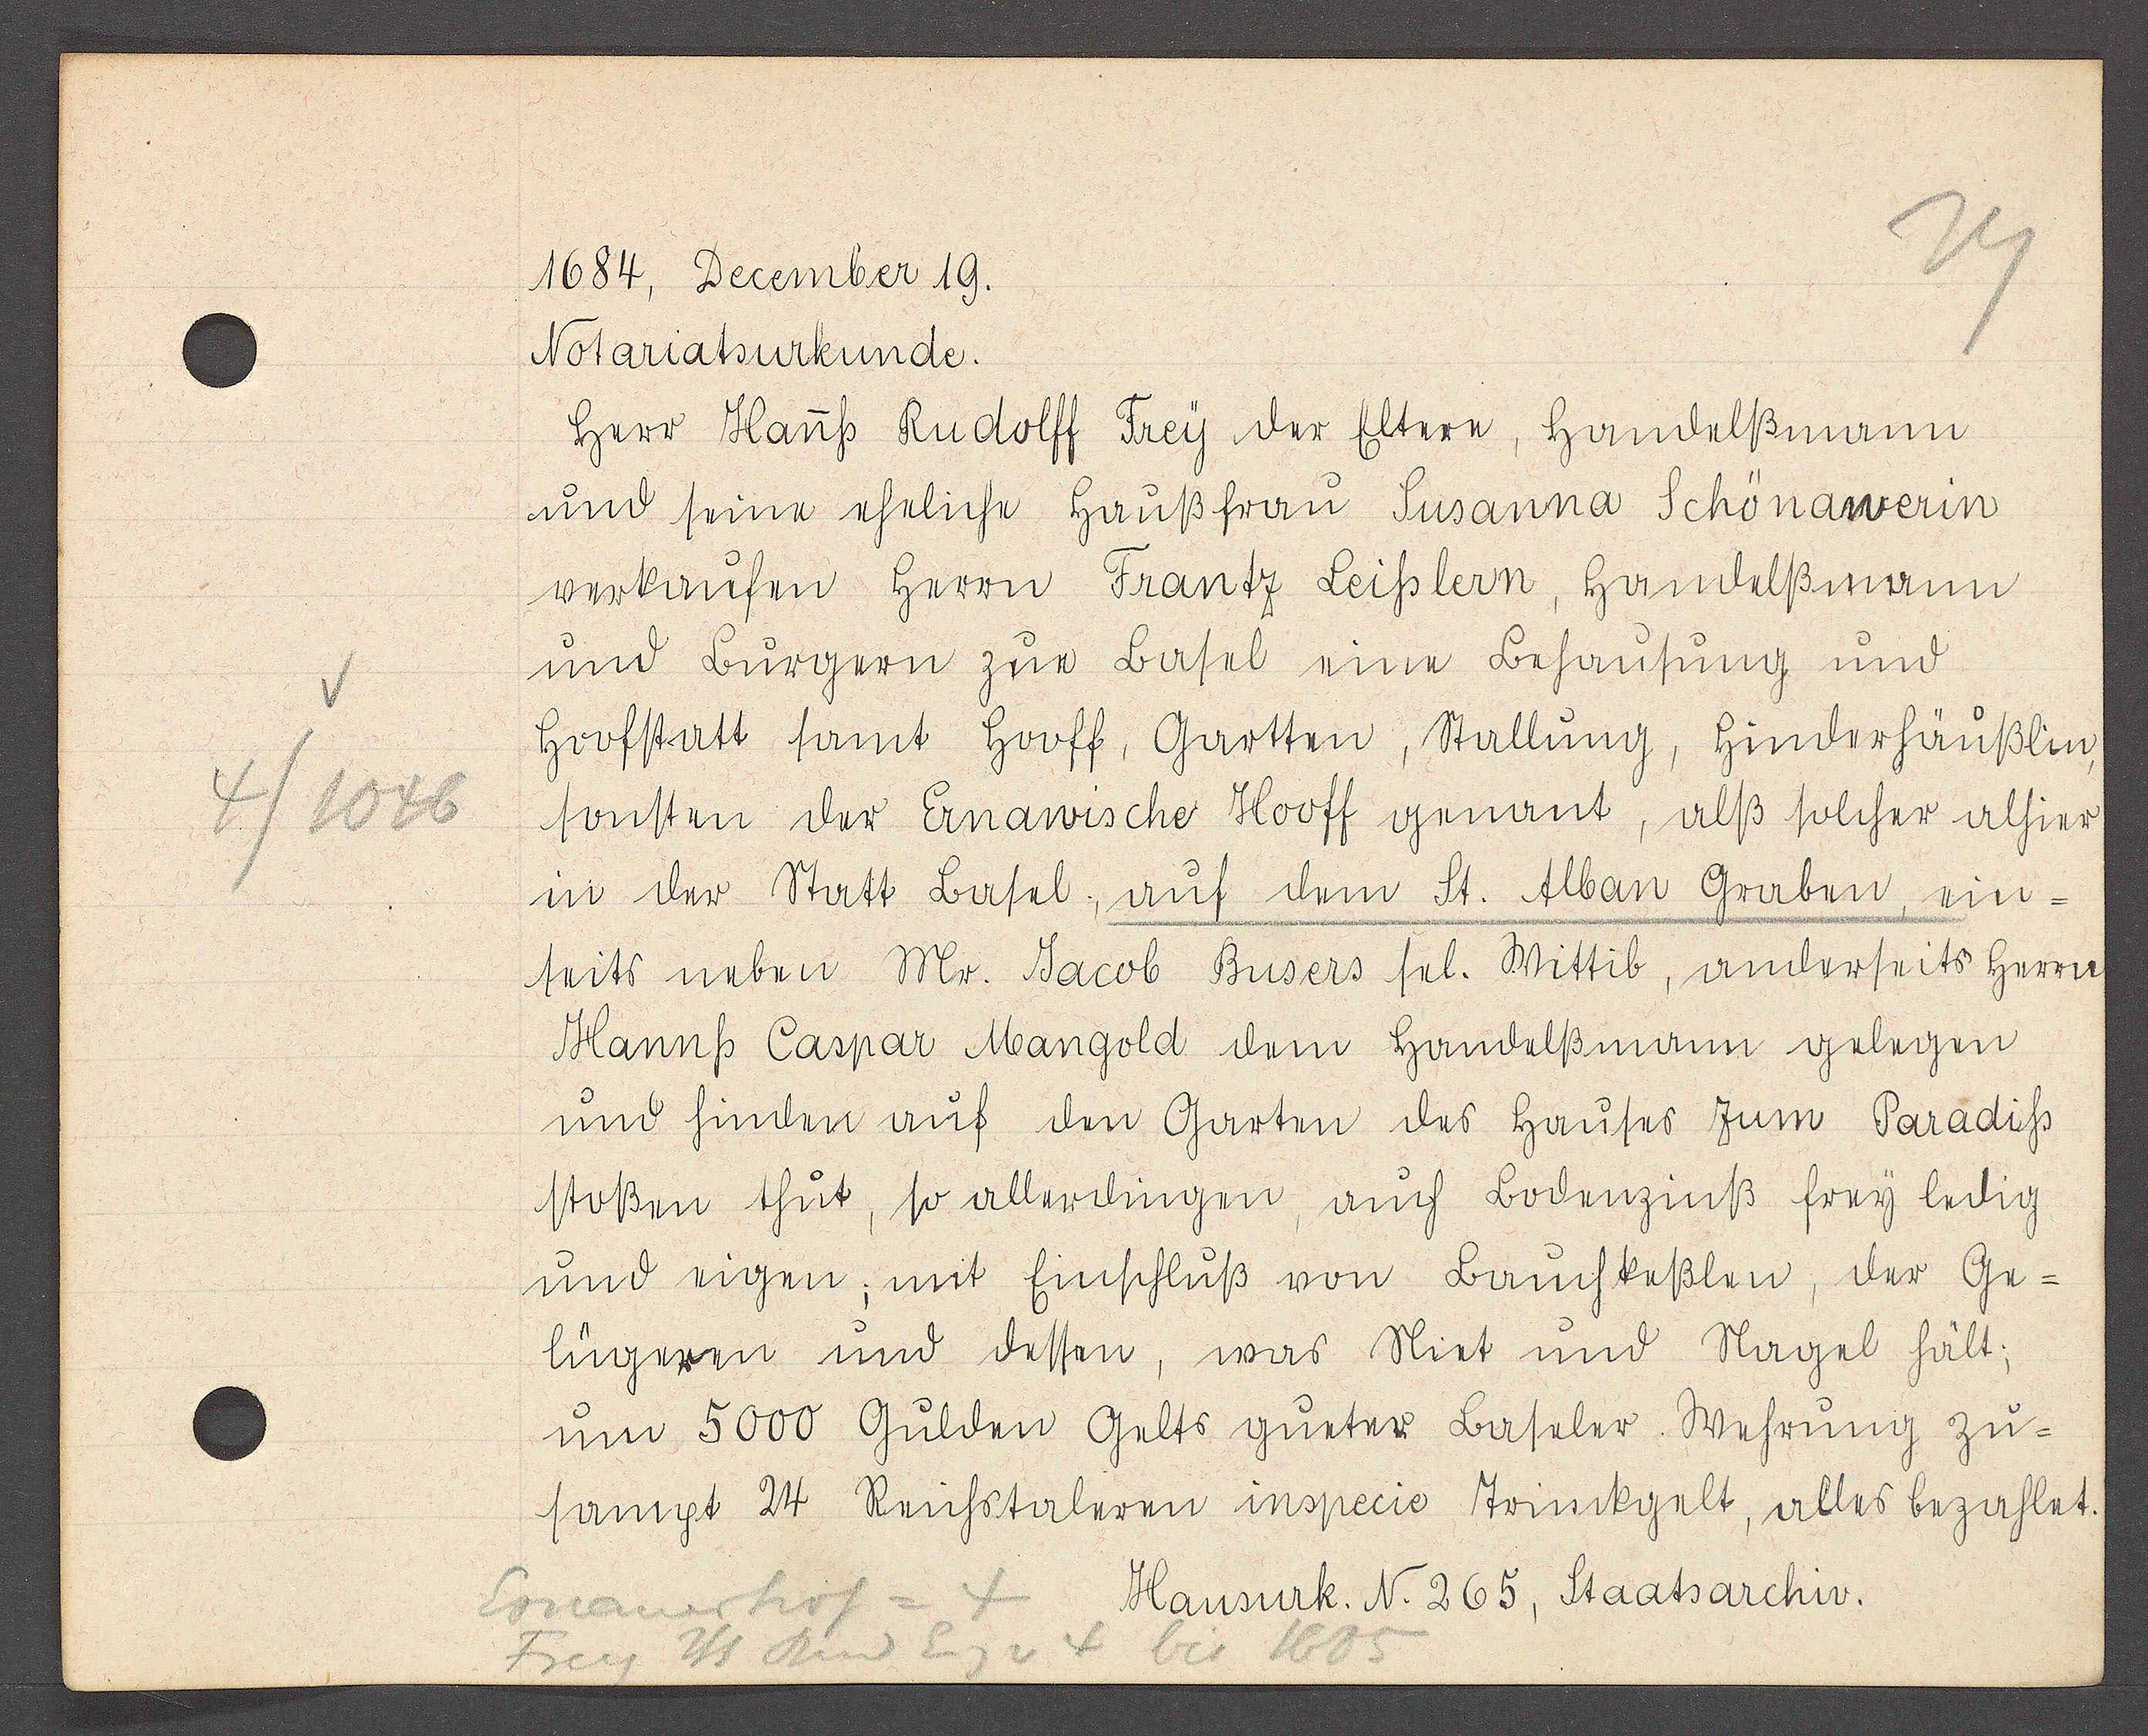
Transcript:
4/1046

1684, Becember 19

Notariatsurkunde
herr Hanss Rudolff Frey der Eltere, Handelßmann
und seine ehliche Haußfrau Susanna Schönawerin
verkaufen Herrn Frantz Leisslern, Handelßmann
und Burgern zue Basel eine Behausung und
Hoofstatt samt Hooff, Gartten, Stallung, Hinderhäußlin,
sonsten der Ernawische Hooff genant, alß solcher alhie
in der Statt Basel, auf dem St. Alban Graben, ein-
seits neben Mr. Jacob Busers sel. Wittib, anderseits Herrn
Hannss Caspar Mangold dem Handelßmann gelegen
und hinden auf den Garten des Hauses zum Paradiss
stoßen thut, so allerdingen, auch Bodenzins frey ledig
und eigen, mit Einschluß von Bauchkeßlen, der Ge-
lügeren und dessen, was Niet und Nagel hält;
um 5000 Gulden Gelts gueter Baseler Wehrung zu-
sampt 24 Reichstaleren inspecio Trinckgelt, alles bezahlet
65, Staatsarchiv

Ernawerhof = 4
Frey Hs Rud Eig v 4 bis 1685

Hausurk. N. 2